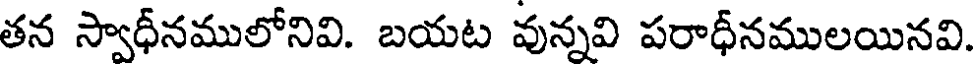
తన స్వాధీనములోనివి. బయట వున్నవి పరాధీనములయినవి.